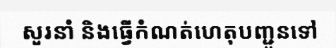
សួរនាំ និងធ្វើកំណត់ហេតុបញ្ជូនទៅ